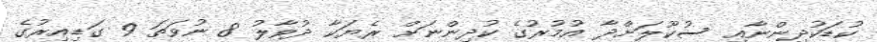
ކުޑަކުދިންނާއި ސުކޫލަށްދާ އުމުރުގެ ކުދިންނަށް ރެޔަކާ ދުވާލު 8 ނުވަތަ 9 ގަޑިއިރުގެ